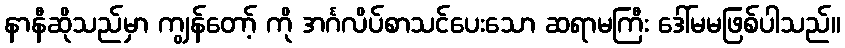
နာနီဆိုသည်မှာ ကျွန်တော့် ကို အင်္ဂလိပ်စာသင်ပေးသော ဆရာမကြီး ဒေါ်မမဖြစ်ပါသည်။